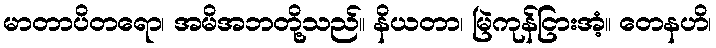
မာတာပိတရော၊ အမိအဘတို့သည်။ နိယတာ၊ မြဲကုန်ငြားအံ့။ တေနဟိ၊